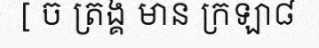
[ ច ត្រង្គ មាន ក្រឡា៨